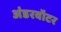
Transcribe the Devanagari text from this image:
अंडरवॉटर